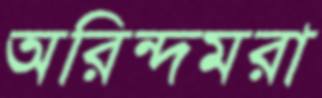
অরিন্দমরা